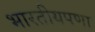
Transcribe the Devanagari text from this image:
भारतीयपणा